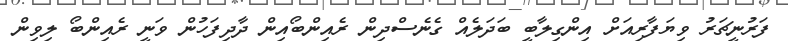
ފަރުނީޗަރު ވިޔަފާރިއަށް އިންގިލާބީ ބަދަލެއް ގެނެސްދިން ރެއިންބޯއިން ދާދިފަހުން ވަނީ ރެއިންބޯ ލިވިން